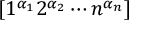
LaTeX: [ 1 ^ { \alpha _ { 1 } } 2 ^ { \alpha _ { 2 } } \dotsm n ^ { \alpha _ { n } } ]